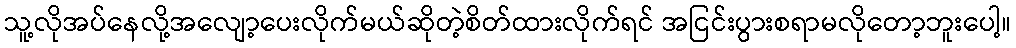
သူ့လိုအပ်နေလို့အလျော့ပေးလိုက်မယ်ဆိုတဲ့စိတ်ထားလိုက်ရင် အငြင်းပွားစရာမလိုတော့ဘူးပေါ့။